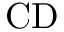
\mathrm { C D }